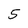
Character: 5